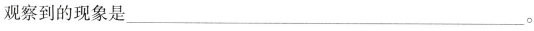
观察到的现象是___。